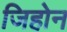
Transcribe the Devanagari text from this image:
जिहोन